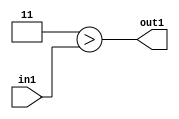
`timescale 1ps / 1ps
/*****************************************************************************
    Verilog RTL Description
    
    
    Created by: Stratus DpOpt 2019.1.01 
*******************************************************************************/

module GaussFilter_Lti3u2_4 (
	in1,
	out1
	); /* architecture "behavioural" */ 
input [1:0] in1;
output  out1;
wire  asc001;

assign asc001 = (7'B0000011>in1);

assign out1 = asc001;
endmodule

/* CADENCE  urbzSg0= : u9/ySgnWtBlWxVPRXgAZ4Og= ** DO NOT EDIT THIS LINE ******/